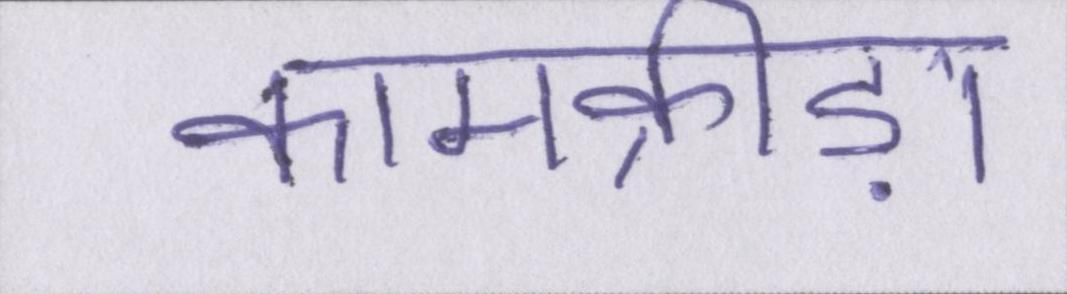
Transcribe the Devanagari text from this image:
कामक्रीड़ा